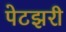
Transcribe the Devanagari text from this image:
पेटझरी